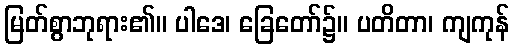
မြတ်စွာဘုရား၏။ ပါဒေ၊ ခြေတော်၌။ ပတိတာ၊ ကျကုန်